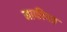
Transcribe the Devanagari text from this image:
माफीपत्र